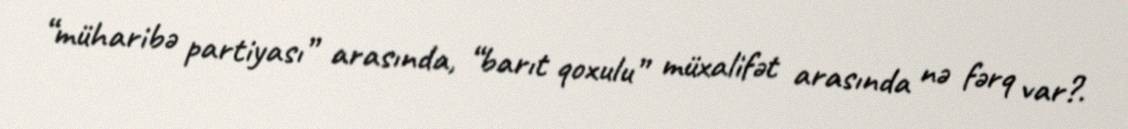
“müharibə partiyası” arasında, “barıt qoxulu” müxalifət arasında nə fərq var?.